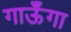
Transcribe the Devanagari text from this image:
गाऊँगा